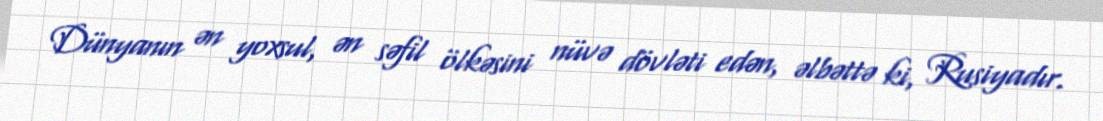
Dünyanın ən yoxsul, ən səfil ölkəsini nüvə dövləti edən, əlbəttə ki, Rusiyadır.